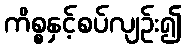
ကိစ္စနှင့်စပ်လျဉ်း၍